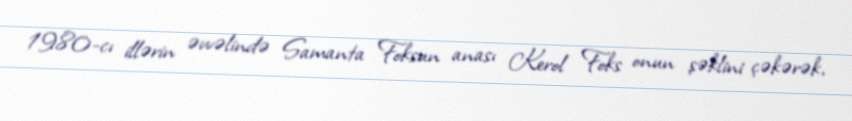
1980-cı illərin əvvəlində Samanta Foksun anası Kerol Foks onun şəklini çəkərək,